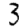
Digit: 3